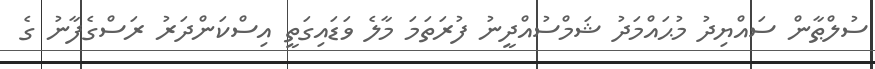
ސުލްޠާން ސައްޔިދު މުޙައްމަދު ޝަމްސުއްދީނު ފުރަތަމަ މާލެ ވަޑައިގަތީ އިސްކަންދަރު ރަސްގެފާނު ގެ